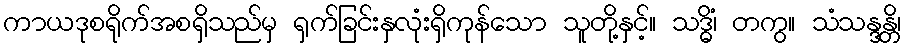
ကာယဒုစရိုက်အစရှိသည်မှ ရှက်ခြင်းနှလုံးရှိကုန်သော သူတို့နှင့်။ သဒ္ဓိံ၊ တကွ။ သံသန္ဒန္တိ၊